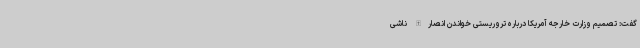
گفت: تصمیم وزارت خارجه آمریکا درباره تروریستی خواندن انصارالله ناشی